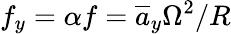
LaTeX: f_{y}=\alpha f=\overline{{a}}_{y}\Omega^{2}/R